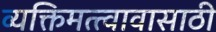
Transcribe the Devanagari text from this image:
व्यक्तिमत्त्वावासाठी